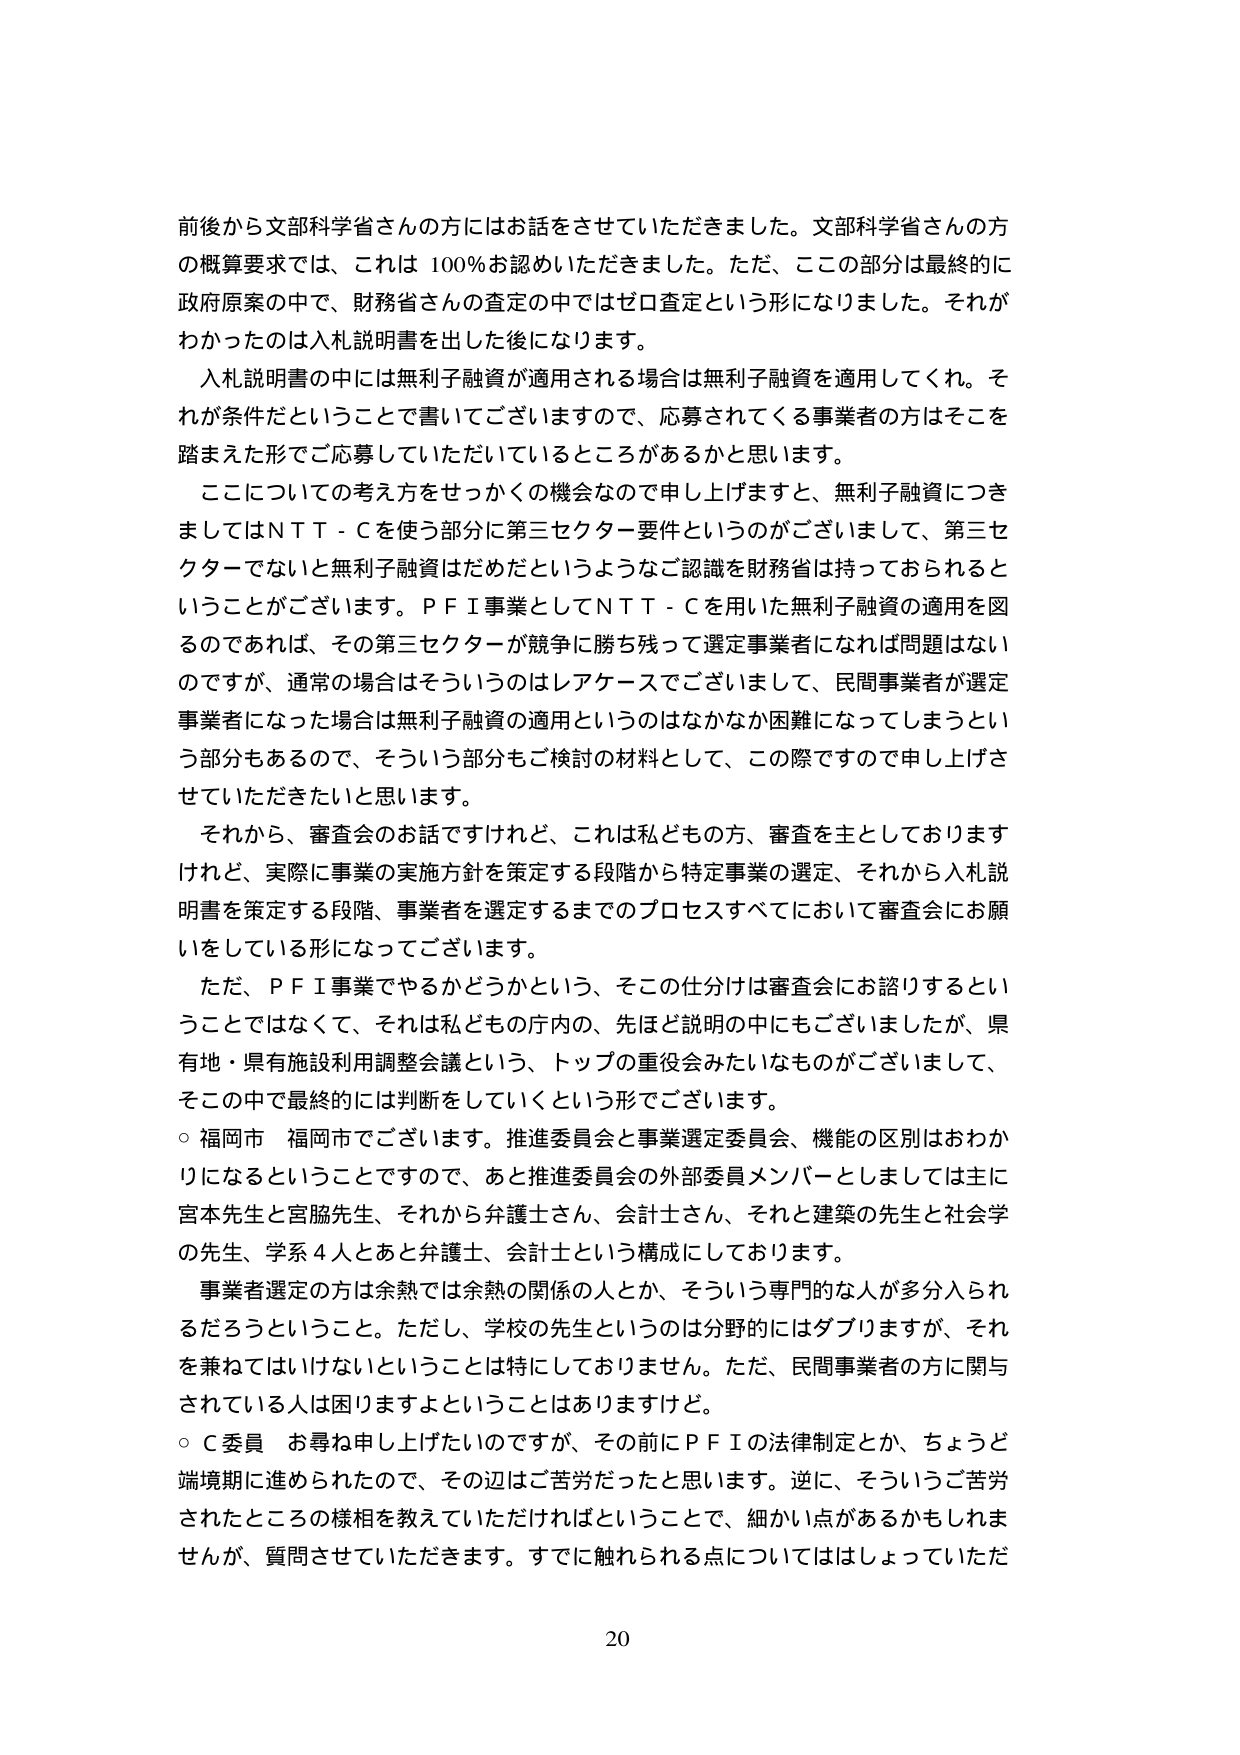
前後から文部科学省さんの方にはお話をしていただきました。文部科学省さんの方の概算要求では、これは 100％お認めいただきました。ただ、ここの部分は最終的に政府原案の中で、財務省さんの査定の中ではゼロ査定という形になりました。それがわかったのは入札説明書を出した後になります。

入札説明書の中には無利子融資が適用される場合は無利子融資を適用してくれ。それが条件だということで書いてございますので、応募されてくる事業者の方はそこを踏まえた形でご応募していただいているところがあるかと思います。

ここについての考え方をせっかくの機会なので申し上げますと、無利子融資につきましてはＮＴＴ－Ｃを使う部分に第三セクター要件というのがございまして、第三セクターでないと無利子融資はだめだというようなご認識を財務省は持っておられるということがございます。ＰＦＩ事業としてＮＴＴ－Ｃを用いた無利子融資の適用を図るのであれば、その第三セクターが競争に勝ち残って選定事業者になれば問題はないのですが、通常の場合はそういうのはレアケースでございまして、民間事業者が選定事業者になった場合は無利子融資の適用というのはなかなか困難になってしまうという部分もあるので、そういう部分もご検討の材料として、この際ですので申し上げさせていただきたいと思います。

それから、審査会のお話ですけれど、これは私どもの方、審査を主としておりますけれど、実際に事業の実施方針を策定する段階から特定事業の選定、それから入札説明書を策定する段階、事業者を選定するまでのプロセスすべてにおいて審査会にお願いをしている形になってございます。

ただ、ＰＦＩ事業でやるかどうかという、そこの仕分けは審査会にお諮りするということではなくて、それは私どもの庁内の、先ほど説明の中にもございましたが、県有地・県有施設利用調整会議という、トップの重役会みたいなものがございまして、そこの中で最終的には判断をしていくという形でございます。

○ 福岡市 福岡市でございます。推進委員会と事業選定委員会、機能の区別はおわかりになるということですので、あと推進委員会の外部委員メンバーとしましては主に宮本先生と宮脇先生、それから弁護士さん、会計士さん、それと建築の先生と社会学の先生、学系４人とあと弁護士、会計士という構成にしております。

事業者選定の方は余熱では余熱の関係の人とか、そういう専門的な人が多分入られるだろうということ。ただし、学校の先生というのは分野的にはダブりますが、それを兼ねてはいけないということは特にしておりません。ただ、民間事業者の方に関与されている人は困りますよということはありますけど。

○ Ｃ委員 お尋ね申し上げたいのですが、その前にＰＦＩの法律制定とか、ちょうど端境期に進められたので、その辺はご苦労だったと思います。逆に、そういうご苦労されたところの様相を教えていただければということで、細かい点があるかもしれませんが、質問させていただきます。すでに触れるられる点についてははしょっていただ

20